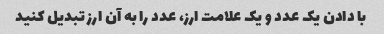
با دادن یک عدد و یک علامت ارز، عدد را به آن ارز تبدیل کنید